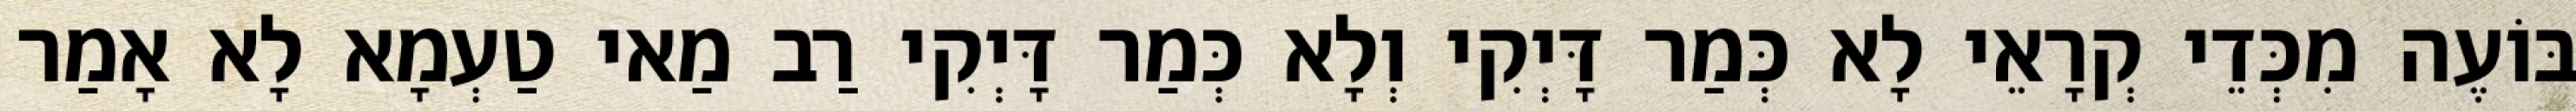
בּוֹעֶה מִכְּדֵי קְרָאֵי לָא כְּמַר דָּיְקִי וְלָא כְּמַר דָּיְקִי רַב מַאי טַעְמָא לָא אָמַר